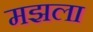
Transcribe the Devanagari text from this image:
मझला